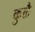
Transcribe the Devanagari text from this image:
कुळै